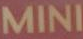
MINI